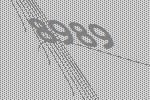
8989